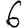
Digit: 6